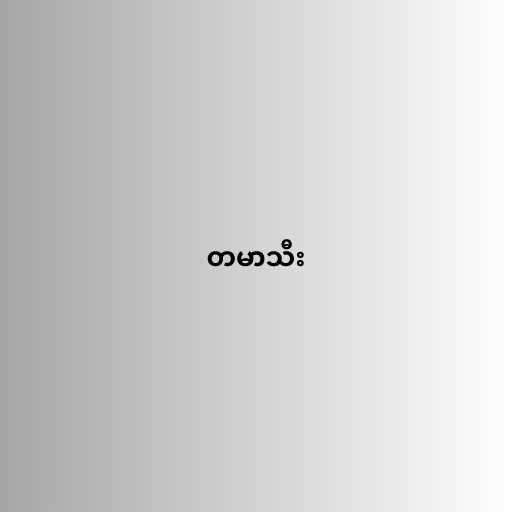
တမာသီး